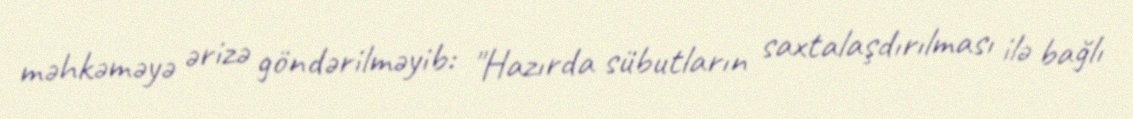
məhkəməyə ərizə göndərilməyib: "Hazırda sübutların saxtalaşdırılması ilə bağlı